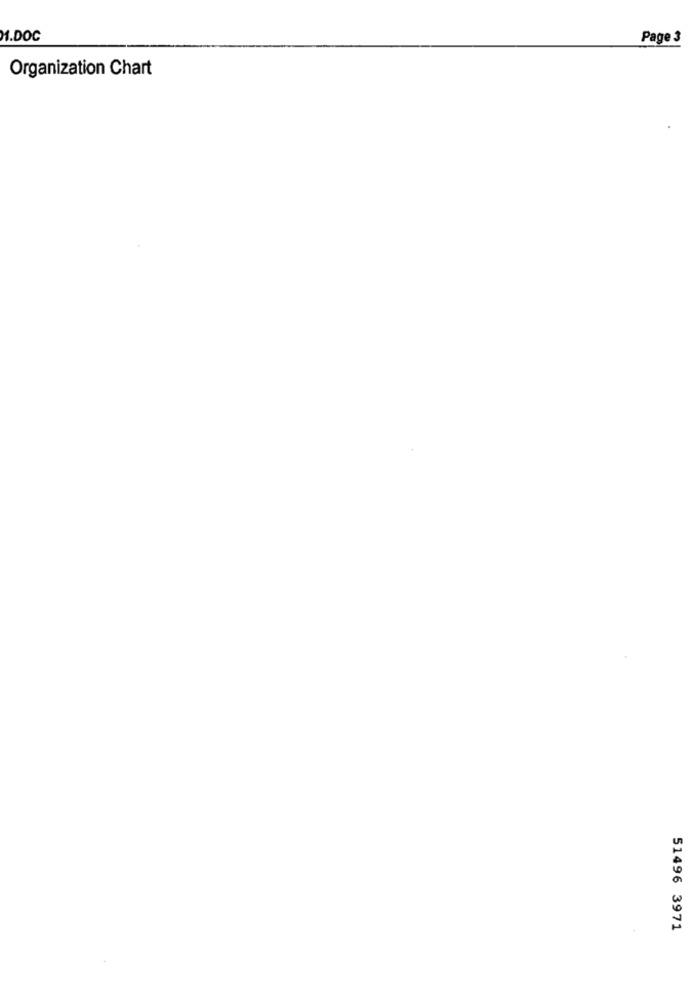
M.DOC
Page 3
Organization Chart
51496 3971